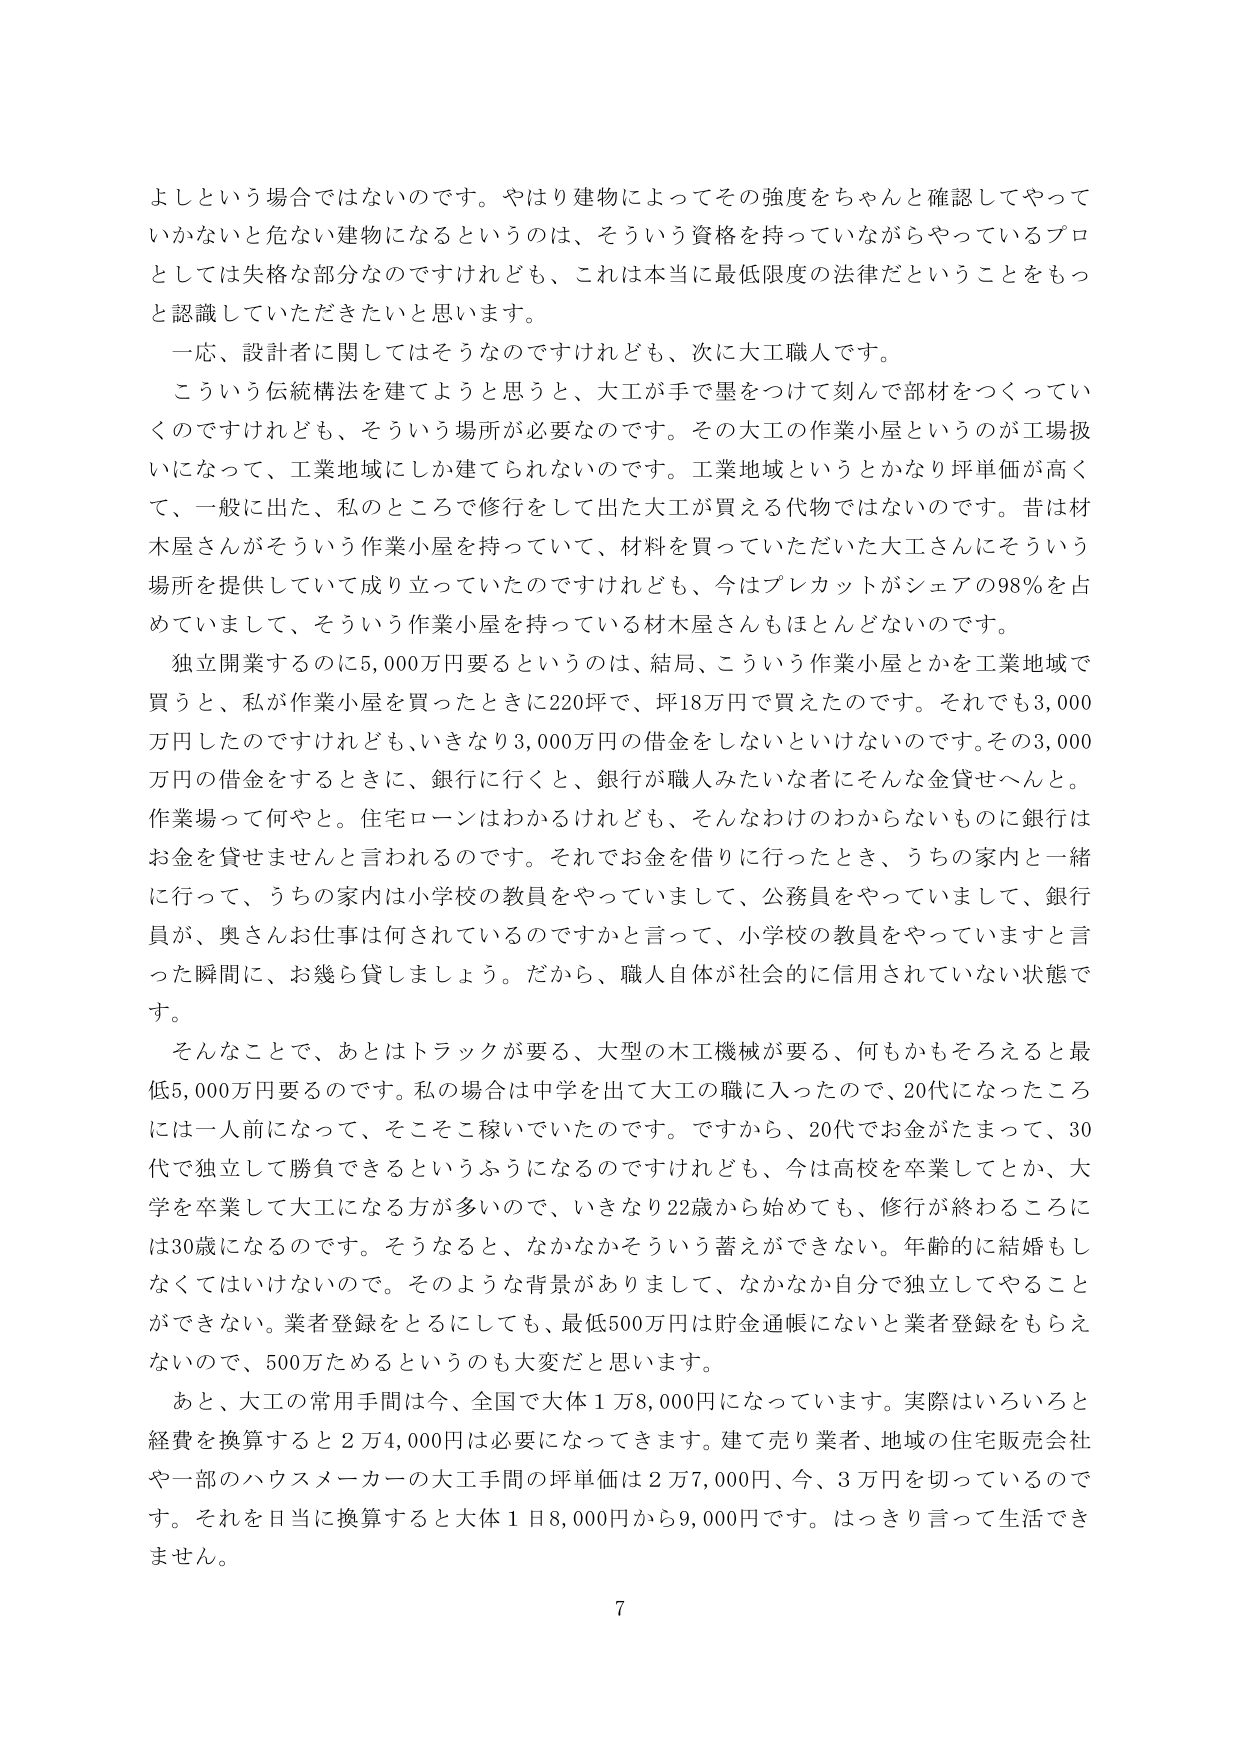
よしという場合ではないのです。やはり建物によってその強度をちゃんと確認してやっていかないと危ない建物になるというのは、そういう資格を持っていながらやっているプロとしては失格な部分なのですけれども、これは本当に最低限度の法律だということをもっと認識していただきたいと思います。

一応、設計者に関してはそうなのですけれども、次に大工職人です。

こういう伝統構法を建てようと思うと、大工が手で墨をつけて刻んで部材をつくっていкуのですけれども、そういう場所が必要なのです。その大工の作業小屋というのが工場扱いになって、工業地域にしか建てられないのです。工業地域というとかなり坪単価が高くて、一般に出た、私のところで修行をして出た大工が買える代物ではないのです。昔は材木屋さんがそういう作業小屋を持っていて、材料を買っていただいた大工さんにそういう場所を提供していて成り立っていたのですけれども、今はプレカットがシェアの98％を占めていまして、そういう作業小屋を持っている材木屋さんもほとんどないのです。

独立開業するのに5,000万円要るというのは、結局、こういう作業小屋とかを工業地域で買うと、私が作業小屋を買ったときに220坪で、坪18万円で買えたのです。それでも3,000万円したのですけれども、いきなり3,000万円の借金をしないといけないのです。その3,000万円の借金をするときに、銀行に行くと、銀行が職人みたいな者にそんな金貸せへんと。作業場って何やと。住宅ローンはわかるけれども、そんなわけのわからないものに銀行はお金を貸せませんと言われるのです。それでお金を借りに行ったとき、うちの家内と一緒に行って、うちの家内は小学校の教員をやっていまして、公務員をやっていまして、銀行員が、奥さんお仕事は何されているのですかと言って、小学校の教員をやっていますと言った瞬間に、お幾ら貸しましょう。だから、職人自体が社会的に信用されていない状態です。

そんなことで、あとはトラックが要る、大型の木工機械が要る、何もかもそろえると最低5,000万円要るのです。私の場合は中学を出て大工の職に入ったので、20代になったころには一人前になって、そこそこ稼いでいたのです。ですから、20代でお金がたまって、30代で独立して勝負できるというふうになるのですけれども、今は高校を卒業してとか、大学を卒業して大工になる方が多いので、いきなり22歳から始めても、修行が終わるころには30歳になるのです。そうなると、なかなかそういう蓄えができない。年齢的に結婚もしなくてはいけないので。そのような背景がありまして、なかなか自分で独立してやることができない。業者登録をとるにしても、最低500万円は貯金通帳にないと業者登録をもらえないので、500万ためるというのも大変だと思います。

あと、大工の常用手間は今、全国で大体1万8,000円になっています。実際はいろいろと経費を換算すると2万4,000円は必要になってきます。建て売り業者、地域の住宅販売会社や一部のハウスメーカーの大工手間の坪単価は2万7,000円、今、3万円を切っているのです。それを日当に換算すると大体1日8,000円から9,000円です。はっきり言って生活できません。

7